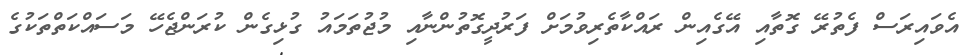
އެވައިރަސް ފެތުރޭ ގޮތާއި އޭގެއިން ރައްކާތެރިވުމަށް ފަރުދީގޮތުންނާއި މުޖުތަމައު ގުޅިގެން ކުރަންޖެހޭ މަސައްކަތްތަކުގެ